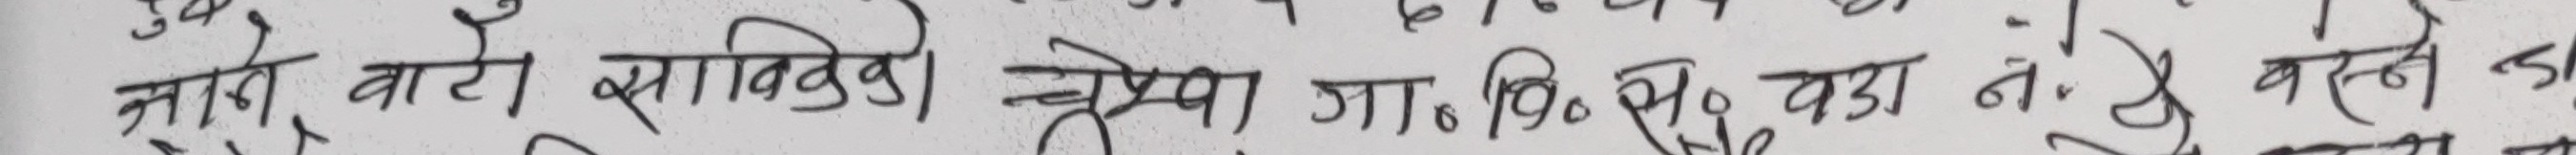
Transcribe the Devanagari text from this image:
जाने बाटो बाँकीको क्षेत्रमा जा. बि. शु. द्वारा नै बस्ने उ